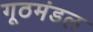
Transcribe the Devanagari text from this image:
गूठमंडल